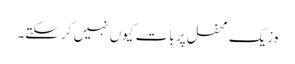
ہ زیک محفل پر بات کیوں نہیں کرسکتے۔